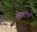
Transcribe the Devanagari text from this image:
सेल्टीन